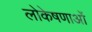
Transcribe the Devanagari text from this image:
लोकेषणाओं